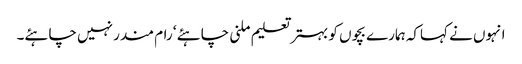
انہوں نے کہاکہ ہمارے بچوں کو بہتر تعلیم ملنی چاہئے ‘ رام مندر نہیں چاہئے۔